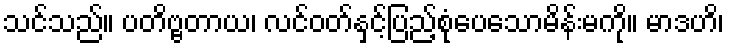
သင်သည်။ ပတိဗ္ဗတာယ၊ လင်ဝတ်နှင့်ပြည့်စုံပေသောမိန်းမကို။ မာဒဟိ၊